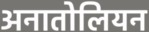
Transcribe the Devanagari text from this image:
अनातोलियन